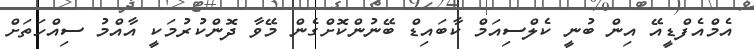
އެމްއެފްޑީއޭ އިން ބުނީ ކެލްސިއަމް ކާބައިޑް ބޭނުންކޮށްގެން މޭވާ ދޮންކުރުމަކީ އާއްމު ސިއްހަތަށް